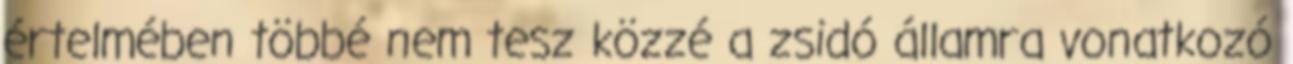
értelmében többé nem tesz közzé a zsidó államra vonatkozó